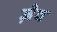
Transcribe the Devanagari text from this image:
ज़ेव